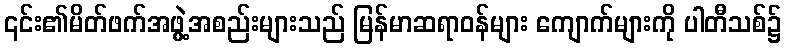
၎င်း၏မိတ်ဖက်အဖွဲ့အစည်းများသည် မြန်မာဆရာဝန်များ ကျောက်များကို ပါတီသစ်၌